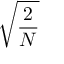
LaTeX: \sqrt { \frac { 2 } { N } }